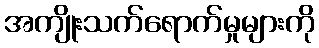
အကျိုးသက်ရောက်မှုများကို